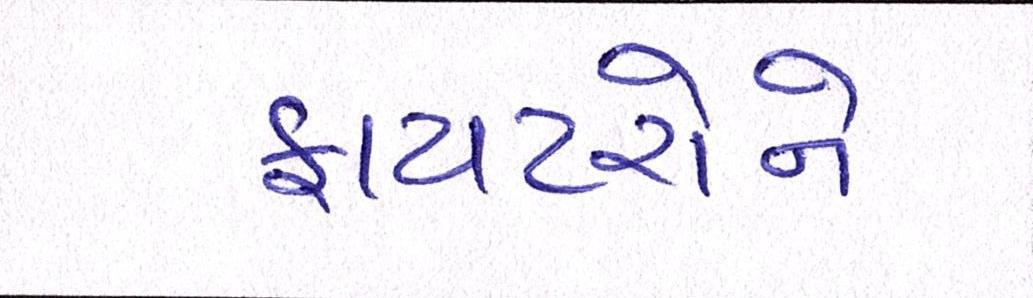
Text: ફાયટરોને